Problem: 24 + 49 = ?
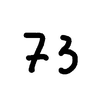
Handwritten answer: 73